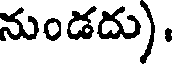
నుండదు).